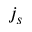
j _ { s }